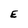
Character: E